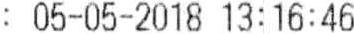
: 05-05-2018 13:16:46